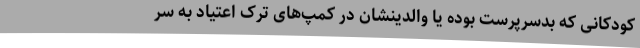
کودکانی که بدسرپرست بوده یا والدینشان در کمپ‌های ترک اعتیاد به سر